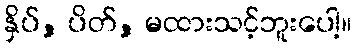
နှိပ်, ပိတ်, မထားသင့်ဘူးပေါ့။